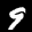
Label: 9